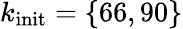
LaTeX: k_{\textrm{init}}=\left\{ 66,90\right\}